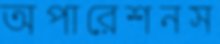
অপারেশনস